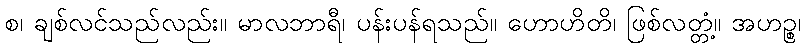
စ၊ ချစ်လင်သည်လည်း။ မာလဘာရီ၊ ပန်းပန်ရသည်။ ဟောဟိတိ၊ ဖြစ်လတ္တံ့။ အဟဉ္စ၊